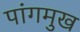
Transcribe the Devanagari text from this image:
पांगमुख